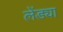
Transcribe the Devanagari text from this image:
लेंड्या